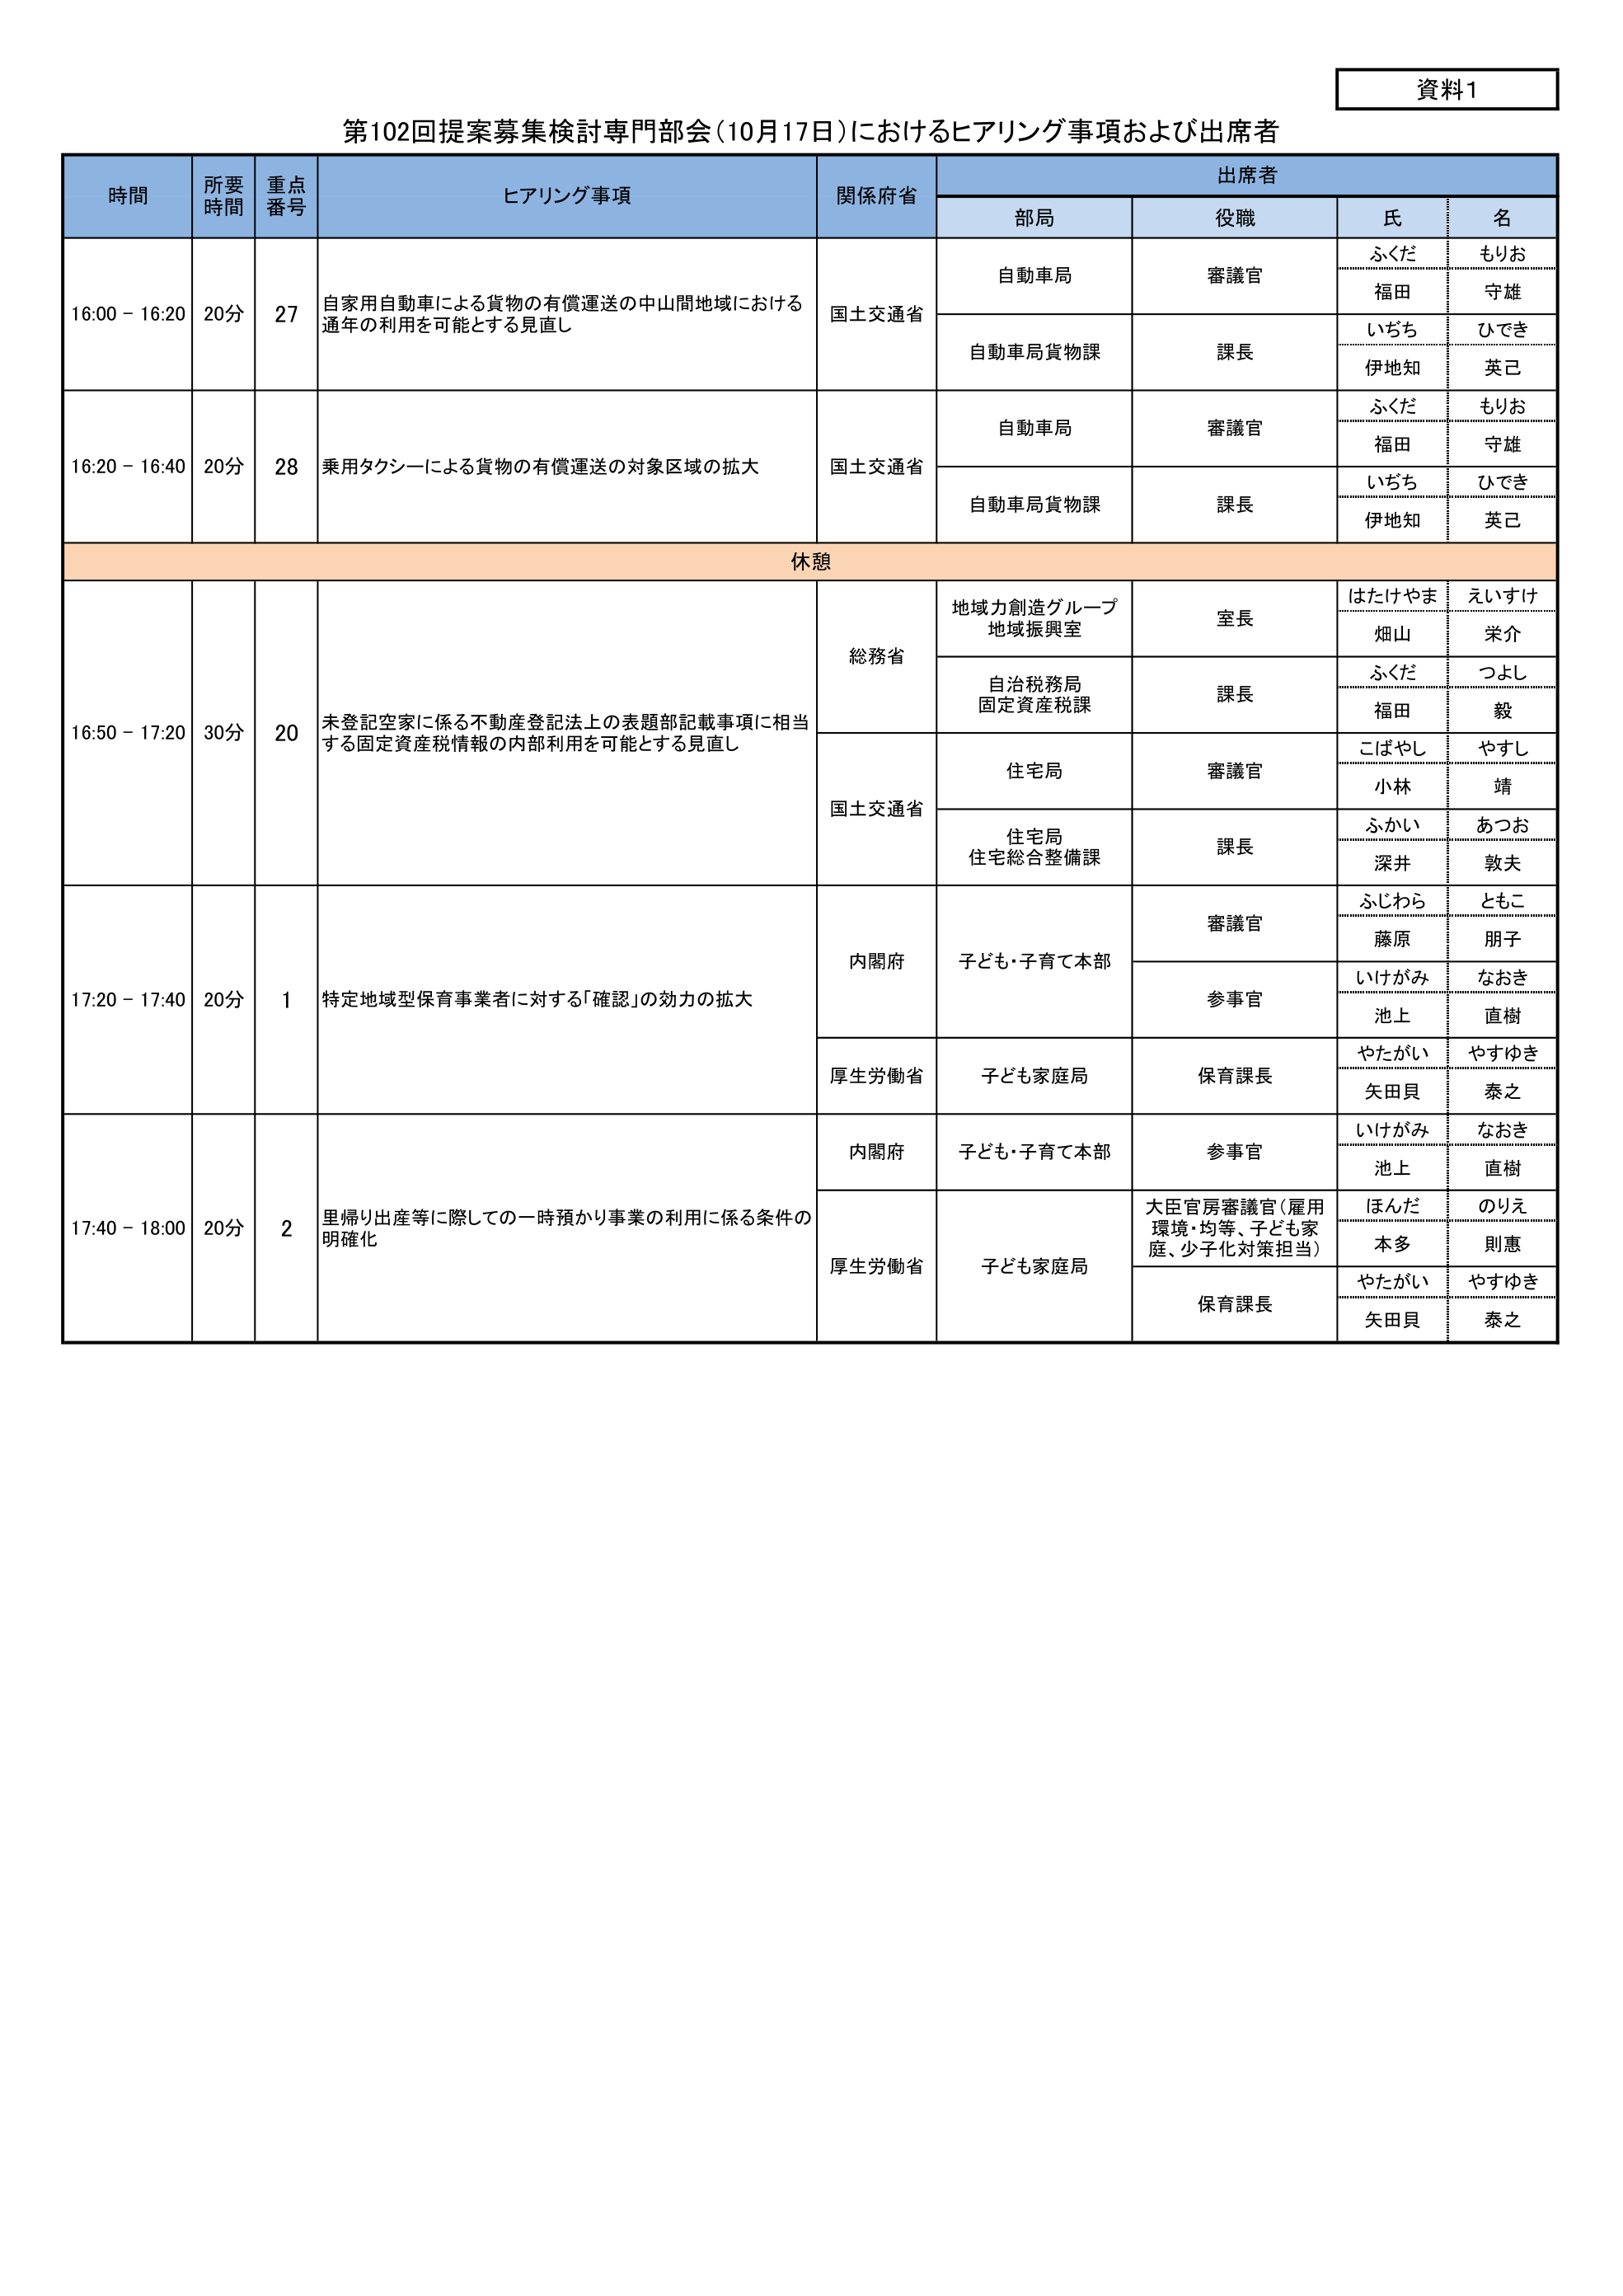
資料1
第102回提案募集検討専門部会（10月17日）におけるヒアリング事項および出席者

時間　　所要時間　重点番号　ヒアリング事項　　関係府省　　出席者
　　　　　　　　　　　　　　　　　　　　　　　　　　部局　　役職　　氏　　名

16:00 - 16:20　20分　27　自家用自動車による貨物の有償運送の中山間地域における通年の利用を可能とする見直し　　国土交通省
　　　　　　　　　　　　　　　　　　　　　　　　　　自動車局　　審議官　　ふくだ　もりお
　　　　　　　　　　　　　　　　　　　　　　　　　　　　　　　　　　　　福田　守雄
　　　　　　　　　　　　　　　　　　　　　　　　　　自動車局貨物課　　課長　　いぢち　ひでき
　　　　　　　　　　　　　　　　　　　　　　　　　　　　　　　　　　　　伊地知　英己

16:20 - 16:40　20分　28　乗用タクシーによる貨物の有償運送の対象区域の拡大　　国土交通省
　　　　　　　　　　　　　　　　　　　　　　　　　　自動車局　　審議官　　ふくだ　もりお
　　　　　　　　　　　　　　　　　　　　　　　　　　　　　　　　　　　　福田　守雄
　　　　　　　　　　　　　　　　　　　　　　　　　　自動車局貨物課　　課長　　いぢち　ひでき
　　　　　　　　　　　　　　　　　　　　　　　　　　　　　　　　　　　　伊地知　英己

休憩

16:50 - 17:20　30分　20　未登記空家に係る不動産登記法上の表題部記載事項に相当する固定資産税情報の内部利用を可能とする見直し
　　　　　　　　　　　　　　　　　　　　　　　　　　総務省
　　　　　　　　　　　　　　　　　　　　　　　　　　地域力創造グループ
　　　　　　　　　　　　　　　　　　　　　　　　　　地域振興室　　室長　　はたけやま　えいすけ
　　　　　　　　　　　　　　　　　　　　　　　　　　　　　　　　　　　　畑山　栄介
　　　　　　　　　　　　　　　　　　　　　　　　　　自治税務局
　　　　　　　　　　　　　　　　　　　　　　　　　　固定資産税課　　課長　　ふくだ　つよし
　　　　　　　　　　　　　　　　　　　　　　　　　　　　　　　　　　　　福田　毅
　　　　　　　　　　　　　　　　　　　　　　　　　　国土交通省
　　　　　　　　　　　　　　　　　　　　　　　　　　住宅局　　審議官　　こばやし　やすし
　　　　　　　　　　　　　　　　　　　　　　　　　　　　　　　　　　　　小林　靖
　　　　　　　　　　　　　　　　　　　　　　　　　　住宅局
　　　　　　　　　　　　　　　　　　　　　　　　　　住宅総合整備課　　課長　　ふかい　あつお
　　　　　　　　　　　　　　　　　　　　　　　　　　　　　　　　　　　　深井　敦夫

17:20 - 17:40　20分　1　特定地域型保育事業者に対する「確認」の効力の拡大
　　　　　　　　　　　　　　　　　　　　　　　　　　内閣府
　　　　　　　　　　　　　　　　　　　　　　　　　　子ども・子育て本部　　審議官　　ふじわら　ともこ
　　　　　　　　　　　　　　　　　　　　　　　　　　　　　　　　　　　　藤原　朋子
　　　　　　　　　　　　　　　　　　　　　　　　　　　　　　　　　　　　参事官　　いけがみ　なおき
　　　　　　　　　　　　　　　　　　　　　　　　　　　　　　　　　　　　池上　直樹
　　　　　　　　　　　　　　　　　　　　　　　　　　厚生労働省
　　　　　　　　　　　　　　　　　　　　　　　　　　子ども家庭局　　保育課長　　やたがい　やすゆき
　　　　　　　　　　　　　　　　　　　　　　　　　　　　　　　　　　　　矢田貝　泰之

17:40 - 18:00　20分　2　里帰り出産等に際しての一時預かり事業の利用に係る条件の明確化
　　　　　　　　　　　　　　　　　　　　　　　　　　内閣府
　　　　　　　　　　　　　　　　　　　　　　　　　　子ども・子育て本部　　参事官　　いけがみ　なおき
　　　　　　　　　　　　　　　　　　　　　　　　　　　　　　　　　　　　池上　直樹
　　　　　　　　　　　　　　　　　　　　　　　　　　厚生労働省
　　　　　　　　　　　　　　　　　　　　　　　　　　子ども家庭局　　大臣官房審議官（雇用環境・均等、子ども家庭、少子化対策担当）　　ほんだ　のりえ
　　　　　　　　　　　　　　　　　　　　　　　　　　　　　　　　　　　　本多　則恵
　　　　　　　　　　　　　　　　　　　　　　　　　　　　　　　　　　　　保育課長　　やたがい　やすゆき
　　　　　　　　　　　　　　　　　　　　　　　　　　　　　　　　　　　　矢田貝　泰之